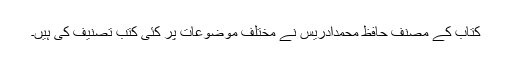
کتاب کے مصنف حافظ محمدادریس نے مختلف موضوعات پر کئی کتب تصنیف کی ہیں۔